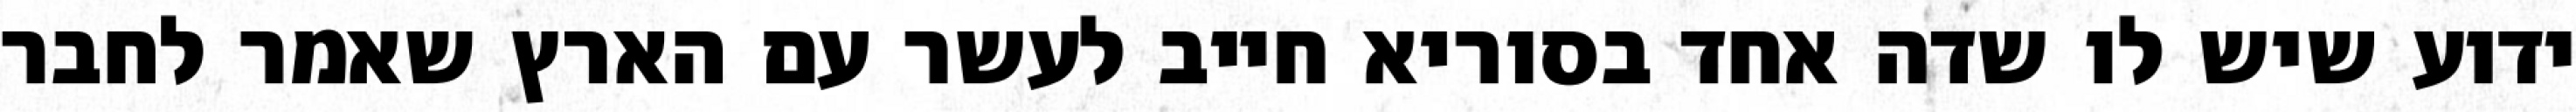
ידוע שיש לו שדה אחד בסוריא חייב לעשר עם הארץ שאמר לחבר